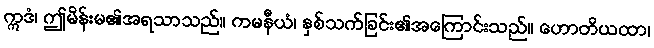
ဣဒံ၊ ဤမိန်းမ၏အရသာသည်။ ကမနီယံ၊ နှစ်သက်ခြင်း၏အကြောင်းသည်။ ဟောတိယထာ၊